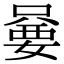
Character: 嘦